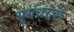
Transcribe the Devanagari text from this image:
युगंधरचा